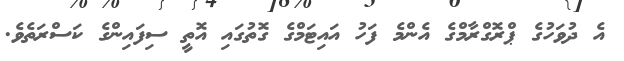
އެ ދުވަހުގެ ޕްރޮގްރާމްގެ އެންމެ ފަހު އައިޓަމްގެ ގޮތުގައި އޮތީ ސިފައިންގެ ކަސްރަތެވެ.